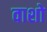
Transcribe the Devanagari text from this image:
वाशो